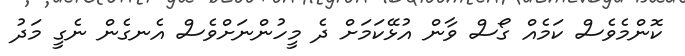
ކޮންމެވެސް ކަމެއް ގޯސް ވާން އުޅޭކަމަށް ދެ މީހުންނަށްވެސް އެނގެން ނެގީ މަދު